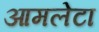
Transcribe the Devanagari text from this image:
आमलेटा